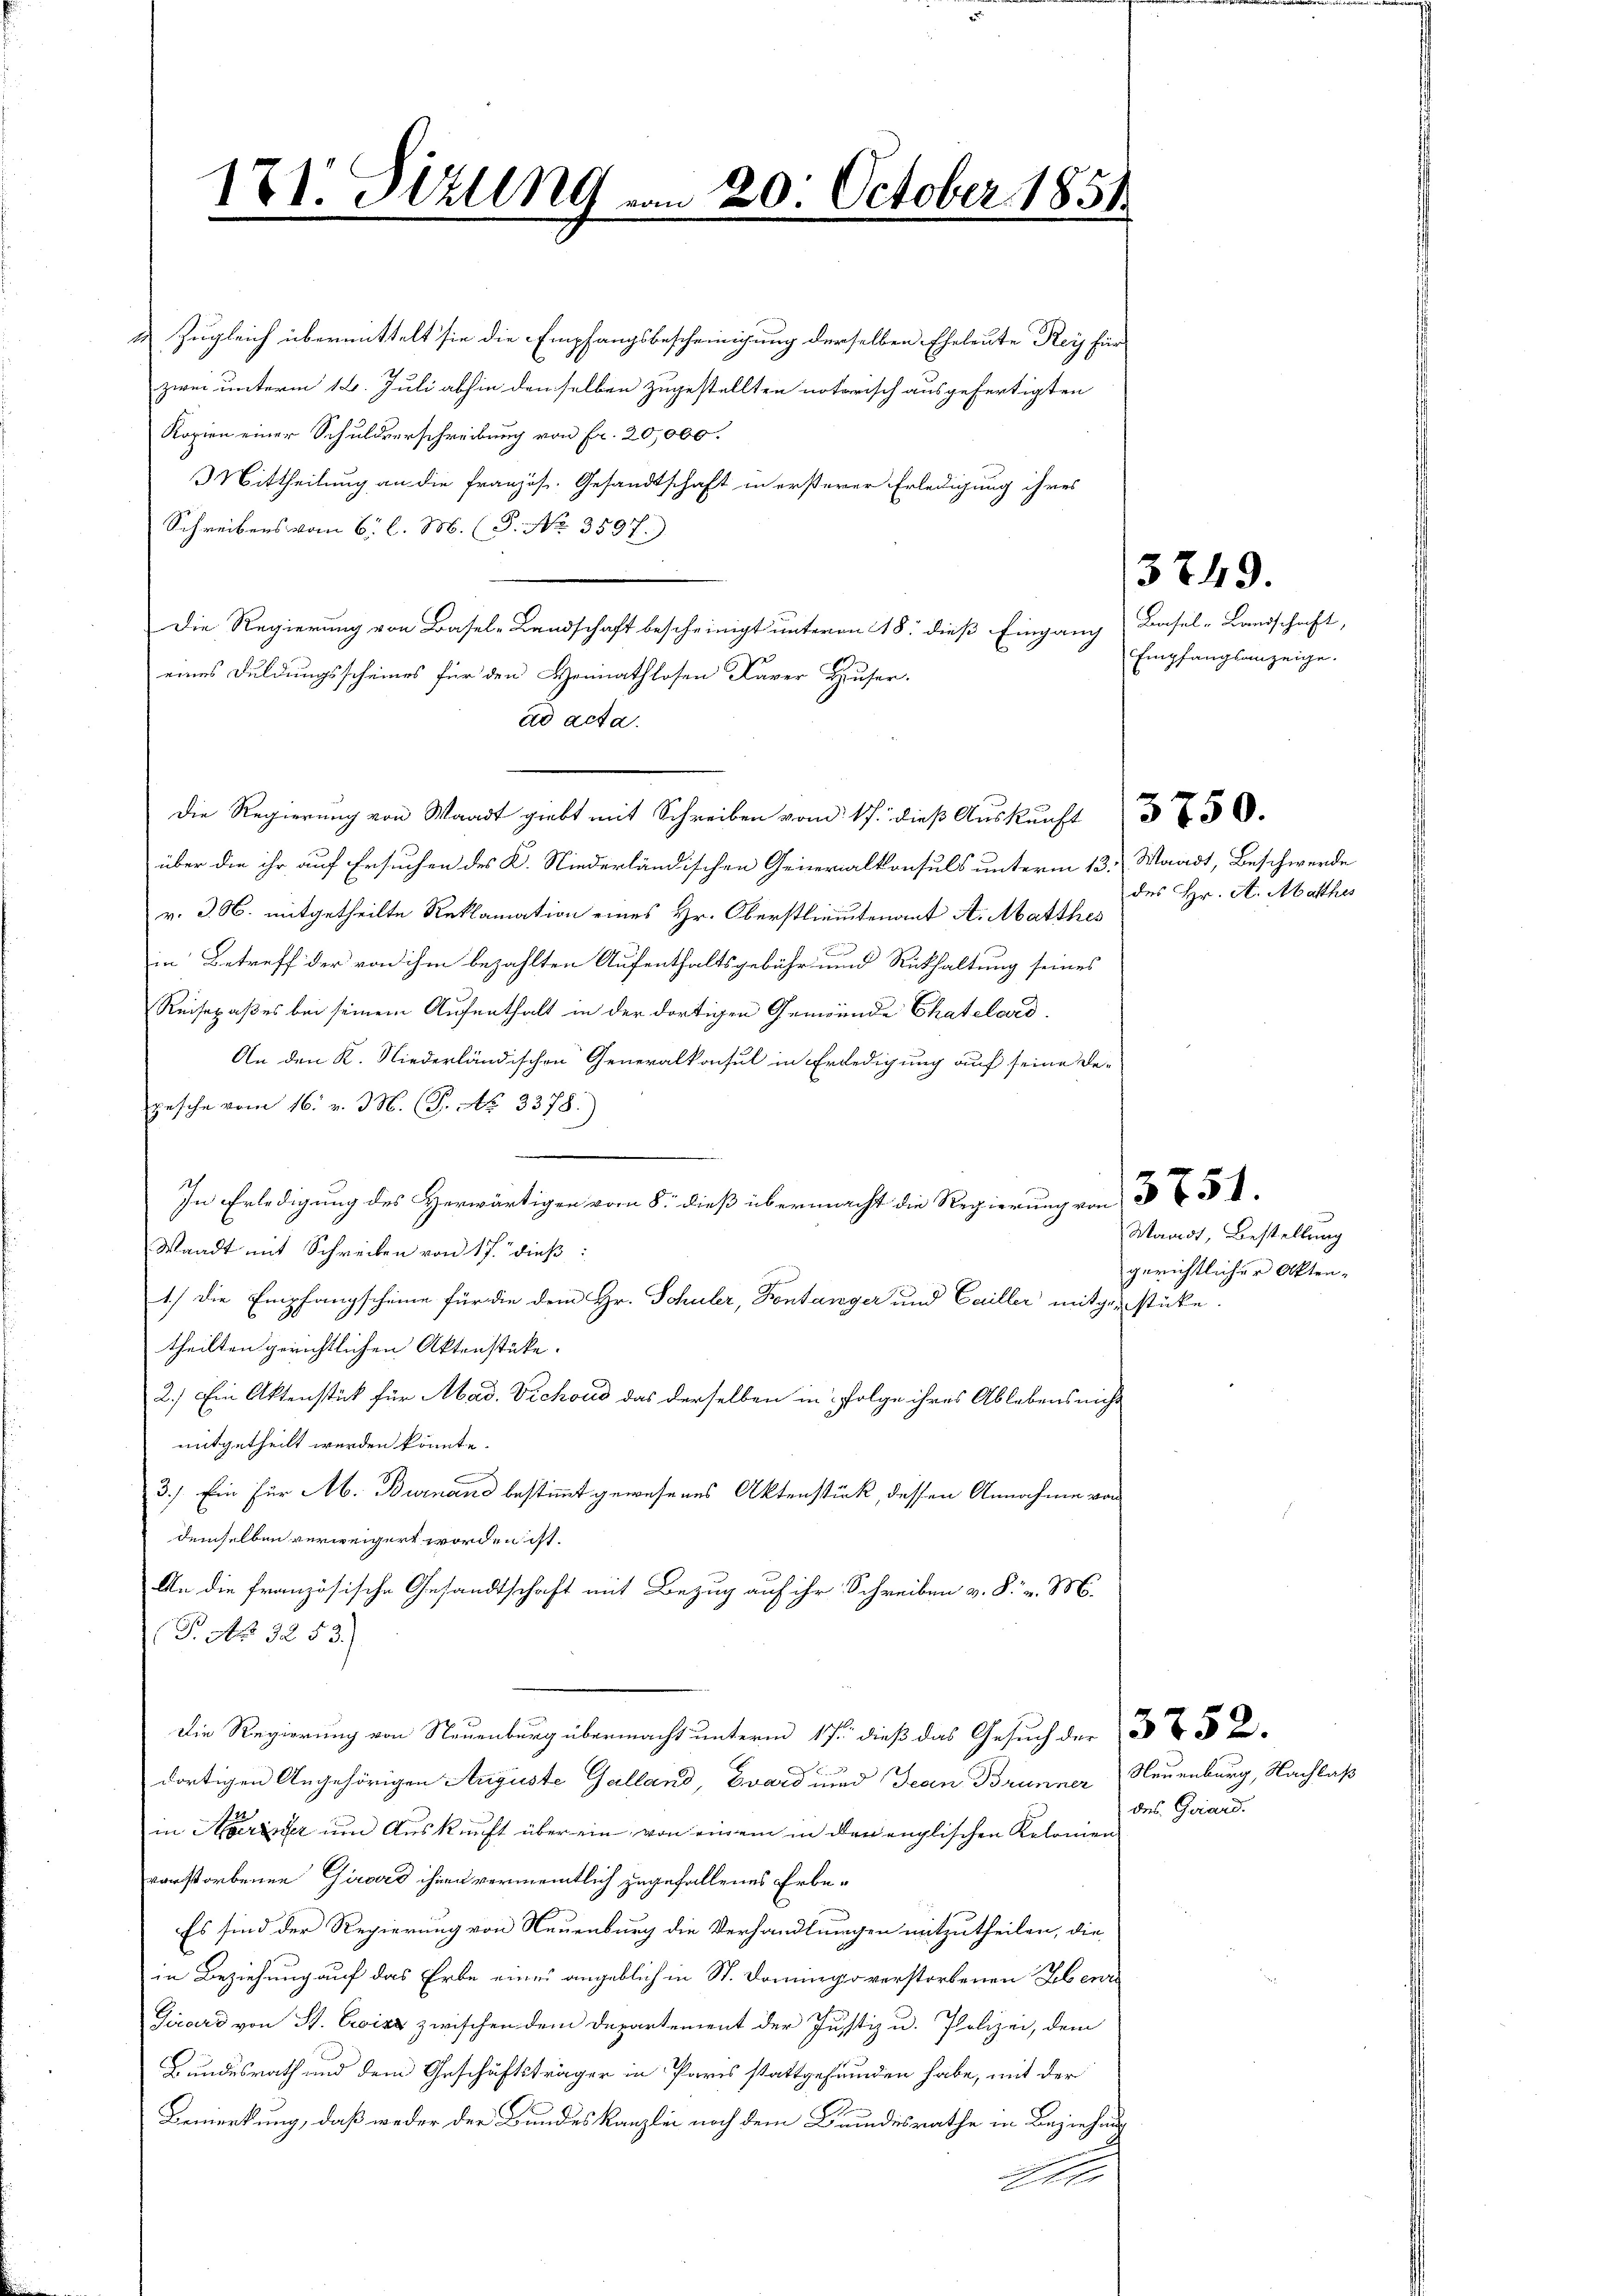
171. Sitzung
.

Zugleich übermittelt sie die Empfangsbescheinigung derselben Eheleute Rey für
zwei unterm 18. Juli abhin denselben zugestellten notarisch ausgefertigten
Kopien einer Schuldverschreibung von Fr. 20,000.
Mittheilung an die französ. Gesandtschaft in ersterer Erledigung ihres
Schreibens vom 6. l. M. (S. No. 3597.)
Die Regierung von Basel-Landschaft bescheinigt unterm 18. dieß Eingang
eines Duldungsscheines für den Heimathlosen Xaver Huser.
ad acta.
über die ihr auf Ersuchen des K. Niederländischen Generalkonsuls unterm 13. Waadt, Beschwerde
v. J. M. mitgetheilte Reklamation eines Hr. Oberstlieutenant A. Matthes
in Betreff der von ihm bezahlten Aufenthaltsgebühr und Rückhaltung seines
Reisepaßes bei seinem Aufenthalt in der dortigen Gemeinde Chatelard
An den K. Niederländischen Generalkonsul in Erledigung auf seine De¬
Gesche vom 16. v. M. (T. No 3378.)
In Erledigung des Herwärtigen vom 8. dieß übermacht die Regierung von 15
Waadt mit Schreiben von 17. dieß:
1.) Die Empfangscheine für die dem Hr. Schuler, Fontanger und Cailler mitgenstücke.
theilten gerichtlichen Aktenstüke.
2.) Ein Aktenstück für Mad. Vichoud das derselben in Folge ihres Ablebens nicht
mitgetheilt werden könnte.
3.) Ein für Ab. Burnand bestimmt gewesenes Aktenstück, dessen Annahme von
demselben verweigert worden ist.
An die französische Gesandtschaft mit Bezug auf ihr Schreiben v. P. v. M
P. Nr. 3253.)
Die Regierung von Neuenburg übermacht unterm 17ten dieß das Gesuch der

dortigen Angehörigen Auguste Galland, Evard und Jean Brunner Neuenburg, Nachlaß
in Marie um Auskunft über ein von einem in der englischen Kolomen
vorstorbenen Girard ihnen vermeintlich zugefallenes Erbe¬
Es sind der Regierung von Neuenburg die Verhandlungen mitzutheilen, die
in Beziehung auf das Erbe eines angeblich in St. Domingo verstorbenen Lebenr
Girard von St. Ewicz zwischen dem Departement der Justiz u. Polizei, dem
Bundesrath und dem Geschäftsträger in Paris stattgefunden habe, mit der
Bemerkung, daß weder der Bundeskanzlei noch dem Bundesrathe in Beziehung
Eler

Die Regierung von Waadt giebt mit Schreiben vom 17. dieß Auskunft

20. October 1851

Basel-Landschaft,
Empfangsanzeige.

5749.

des Hr. A. Mathes

Waadt, Bestellung
gerichtlicher Akten-

des Gerard.